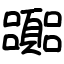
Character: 嚻